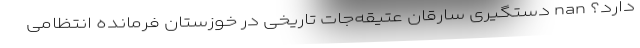
دارد؟ nan دستگیری سارقان عتیقه‌جات تاریخی در خوزستان فرمانده انتظامی